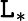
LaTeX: \mathtt{L}_{*}